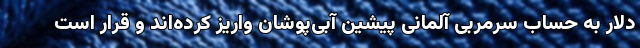
دلار به حساب سرمربی آلمانی پیشین آبی‌پوشان واریز کرده‌اند و قرار است